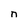
Character: n